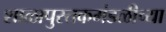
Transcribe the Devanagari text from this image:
शाळापुस्तकमंडळीच्या